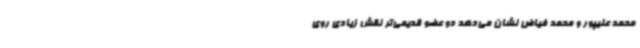
محمد علیپور و محمد فیاض نشان می‌دهد دو عضو قدیمی‌تر نقش زیادی روی